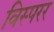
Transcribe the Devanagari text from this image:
विस्परर